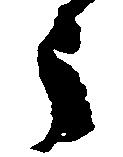
う